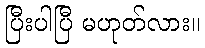
ပြီးပါပြီ မဟုတ်လား။